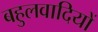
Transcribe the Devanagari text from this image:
बहुलवादियों